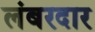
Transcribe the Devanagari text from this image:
लंबरदार